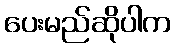
ပေးမည်ဆိုပါက